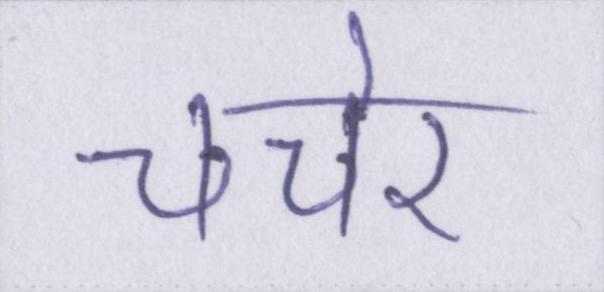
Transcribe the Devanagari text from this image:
चचेरे